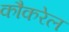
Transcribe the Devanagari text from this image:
कौकरेल